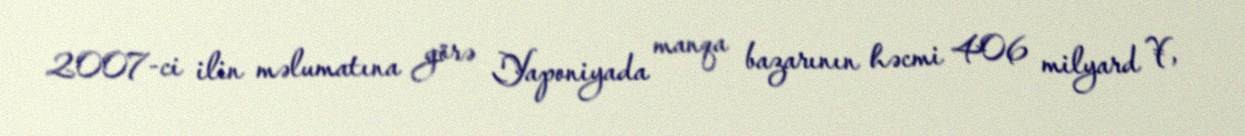
2007-ci ilin məlumatına görə Yaponiyada manqa bazarının həcmi 406 milyard ¥,